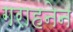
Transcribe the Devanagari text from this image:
गराहनेन